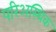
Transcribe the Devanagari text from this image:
परिअस्थिक